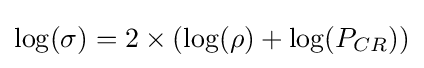
\log(\sigma )=2\times (\log(\rho )+\log(P_{CR}))